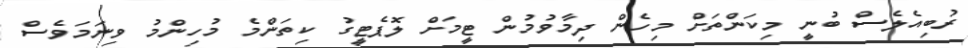
ރުބިއެލެސް ބުނީ މިކަންތަށް މިހެން ދިމާވުމުން ޓީމަށް ލޮޕެޓީގު ކިތަންމެ މުހިންމު ވިނަމަވެސް